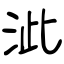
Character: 泚